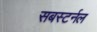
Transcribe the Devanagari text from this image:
सबस्टर्नल